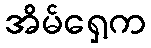
အိမ်ရှေ့က